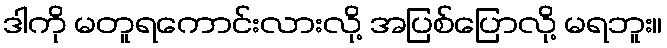
ဒါကို မတူရကောင်းလားလို့ အပြစ်ပြောလို့ မရဘူး။